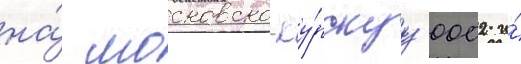
на́ московско-ку́рскуу 0002 и́